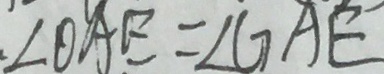
. \angle O A E = \angle G A E